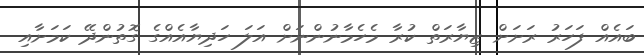
ބައެއް ފަހަރު ރަށަށް ޒިޔާރަތް ކުރާ މެހެމާނުންނަށް އަލަ ހަދިޔާއެއްގެ ގޮތުންދޭ ކަމަށާއި